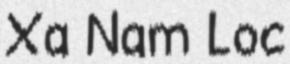
Xa Nam Loc